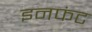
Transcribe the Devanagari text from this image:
इनफंट